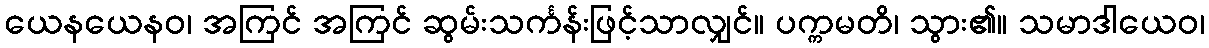
ယေနယေနဝ၊ အကြင် အကြင် ဆွမ်းသင်္ကန်းဖြင့်သာလျှင်။ ပက္ကမတိ၊ သွား၏။ သမာဒါယေဝ၊